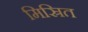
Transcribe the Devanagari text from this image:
मिस्रित